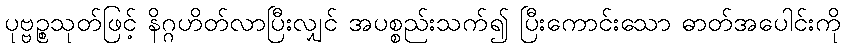
ပုဗ္ဗဉ္စသုတ်ဖြင့် နိဂ္ဂဟိတ်လာပြီးလျှင် အပစ္စည်းသက်၍ ပြီးကောင်းသော ဓာတ်အပေါင်းကို